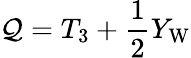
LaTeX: \mathcal{Q}=T_{3}+{\frac{{1}}{{2}}}Y_{\mathrm{{W}}}